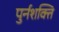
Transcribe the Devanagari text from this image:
पुर्नशक्ति